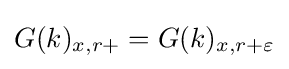
G(k)_{x,r+}=G(k)_{x,r+\varepsilon }